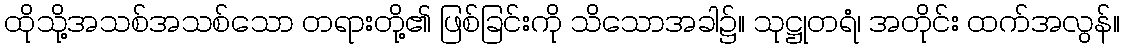
ထိုသို့အသစ်အသစ်သော တရားတို့၏ ဖြစ်ခြင်းကို သိသောအခါ၌။ သုဋ္ဌုတရံ၊ အတိုင်း ထက်အလွန်။